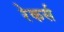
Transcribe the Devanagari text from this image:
रेकर्स